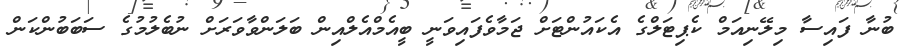
ބުނާ ފައިސާ މިލޭނިއަމް ކެޕިޓަލްގެ އެކައުންޓަށް ޖަމާވެފައިވަނީ ބީއެމްއެލްއިން ބަލަންވާވަރަށް ނުބެލުމުގެ ސަބަބުންކަން